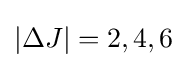
|\Delta J|=2,4,6